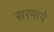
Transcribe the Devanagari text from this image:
सरमाये